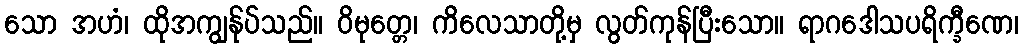
သော အဟံ၊ ထိုအကျွန်ုပ်သည်။ ဝိမုတ္တေ၊ ကိလေသာတို့မှ လွတ်ကုန်ပြီးသော။ ရာဂဒေါသပရိက္ခီဏေ၊